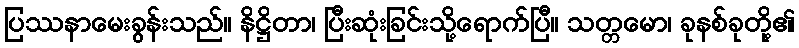
ပြဿနာမေးခွန်းသည်။ နိဋ္ဌိတာ၊ ပြီးဆုံးခြင်းသို့ရောက်ပြီ။ သတ္တမော၊ ခုနစ်ခုတို့၏